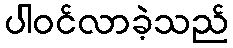
ပါဝင်လာခဲ့သည်